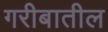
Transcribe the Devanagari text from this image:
गरीबातील